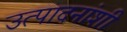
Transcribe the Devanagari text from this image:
उत्पादनांशी